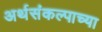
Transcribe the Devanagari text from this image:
अर्थसंकल्पाच्या